Punjab Mental Hospital Lahore 1922-31 - 1922-1931
Year: 1922
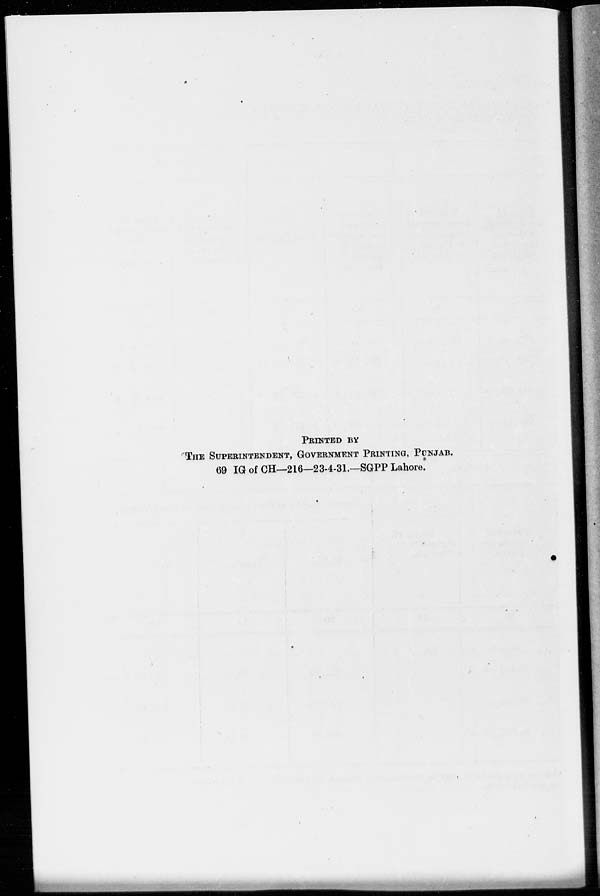
PRINTED BY
THE SUPERINTENDENT, GOVERNMENT PRINTING, PUNJAB.
69 IG of CH—216—23-4-31.—SGPP Lahore.